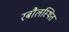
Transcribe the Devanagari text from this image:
रबौलस्थित